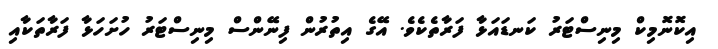
އިކޮނޮމިކް މިނިސްޓަރު ކަނޑައަޅާ ފަރާތެކެވެ. އޭގެ އިތުރުން ފިނޭންސް މިނިސްޓަރު ހުށަހަޅާ ފަރާތަކާއި